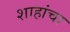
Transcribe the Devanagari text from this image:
शाहांचा